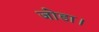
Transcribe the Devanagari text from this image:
जोडा।